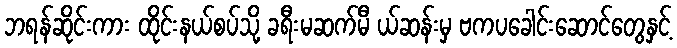
ဘရန်ဆိုင်းကား ထိုင်းနယ်စပ်သို့ ခရီးမဆက်မီ ယ်ဆန်းမှ ဗကပခေါင်းဆောင်တွေနှင့်